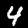
Digit: 4